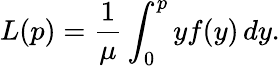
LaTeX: L(p)=\frac{1}{\mu}\int_{0}^{p}yf(y)\, dy.